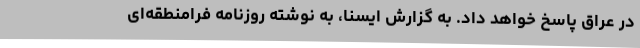
در عراق پاسخ خواهد داد. به گزارش ایسنا، به نوشته روزنامه فرامنطقه‌ای